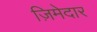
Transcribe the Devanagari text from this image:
ज़िमेदार